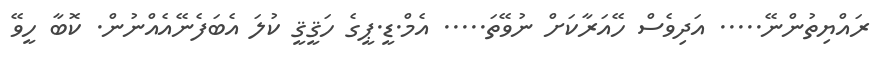
ރައްޔިތުންނޭ..... އަދިވެސް ހޭއަރާކަށް ނުވޭތަ..... އެމް.ޑީ.ޕީގެ ހަޤީޤީ ކުލަ އެބަފެނޭއެއްނުން. ކޮބާ ހީވޭ